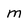
Character: m